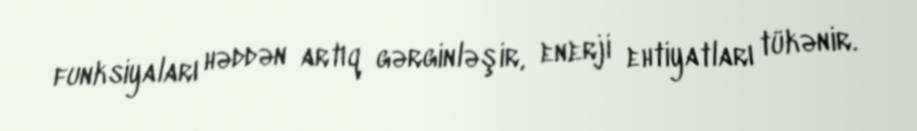
funksiyaları həddən artıq gərginləşir, enerji ehtiyatları tükənir.